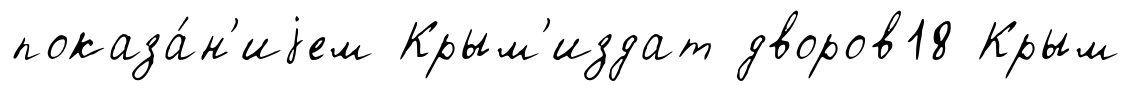
показа́н'иjем Крым'издат дворов18 Крым